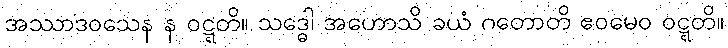
အဿာဒဝသေန န ဝဋ္ဋတိ။ သဒ္ဓေါ အဟောသိ ခယံ ဂတောတိ ဧဝမေဝ ဝဋ္ဋတိ။